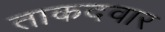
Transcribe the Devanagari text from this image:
ताकदवार